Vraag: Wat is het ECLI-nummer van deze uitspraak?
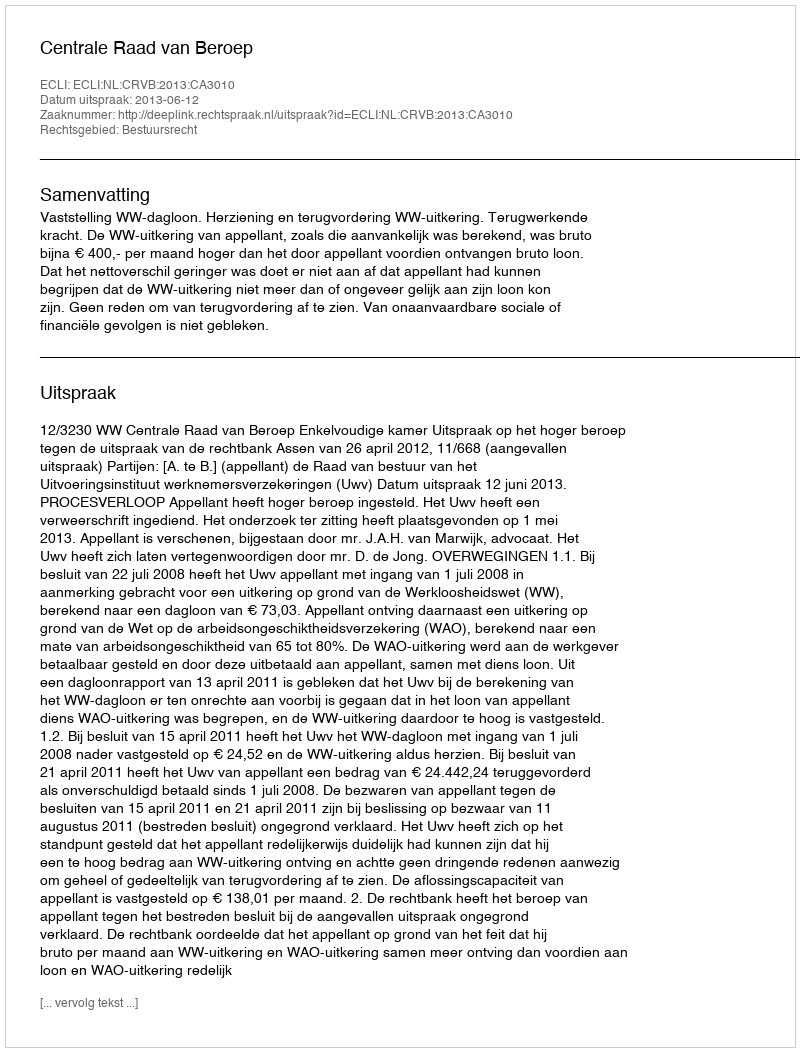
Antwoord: ECLI:NL:CRVB:2013:CA3010